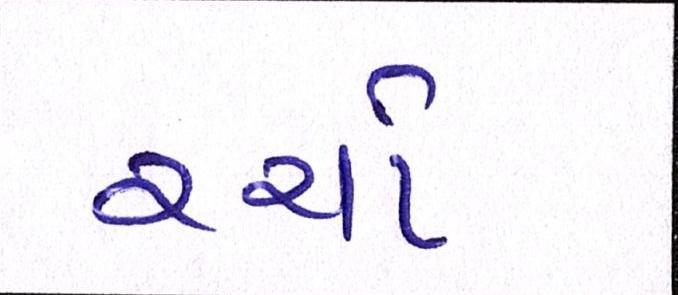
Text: રચો